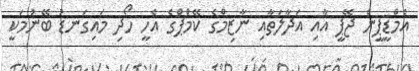
އެމްޑީޕީން ޖޭޕީ އާއި އަދާލަތާއި ނާޒިމްގެ ކޭމްޕްގެ އެހީ ހޯދި މައިގަނޑު ބޭނުމަކީ